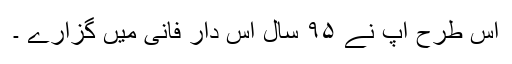
اس طرح آپ نے ۹۵ سال اس دار فانی میں گزارے ۔